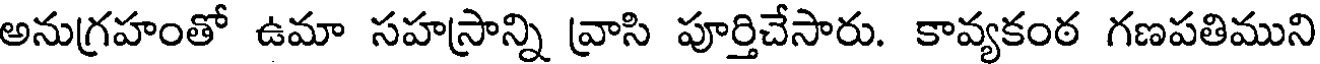
అనుగ్రహంతో ఉమా సహస్రాన్ని వ్రాసి పూర్తిచేసారు. కావ్యకంఠ గణపతిముని